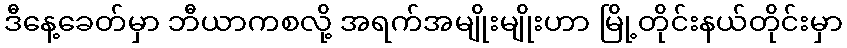
ဒီနေ့ခေတ်မှာ ဘီယာကစလို့ အရက်အမျိုးမျိုးဟာ မြို့တိုင်းနယ်တိုင်းမှာ